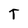
Character: T